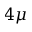
4 { \mu }